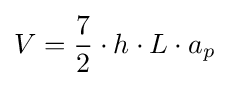
V={\frac {7}{2}}\cdot h\cdot L\cdot a_{p}